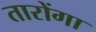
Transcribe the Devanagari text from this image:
तारोंगा